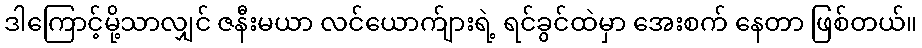
ဒါကြောင့်မို့သာလျှင် ဇနီးမယာ လင်ယောက်ျားရဲ့ ရင်ခွင်ထဲမှာ အေးစက် နေတာ ဖြစ်တယ်။